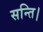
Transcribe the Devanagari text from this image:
सन्ति।